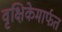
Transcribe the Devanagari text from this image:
वृक्षिकेमार्फत